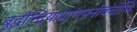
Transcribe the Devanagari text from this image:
बुद्धीन्द्रियाप्राणमनोवचोभिः